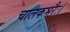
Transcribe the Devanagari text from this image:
चालकभरैः।